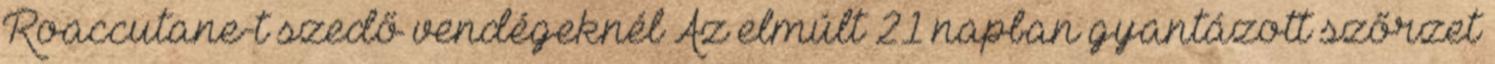
Roaccutane-t szedő vendégeknél Az elmúlt 21 napban gyantázott szőrzet